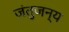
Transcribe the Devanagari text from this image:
जंतुजन्य